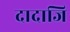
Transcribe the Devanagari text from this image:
दादाजि